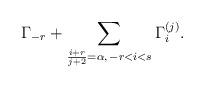
LaTeX: \begin{align*}\Gamma_{-r} + \sum_{\frac{i+r}{j+2} = \alpha, \, -r<i<s} \Gamma_i^{(j)}.\end{align*}